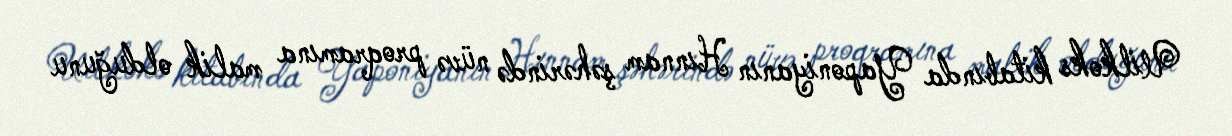
Uilkoks kitabında Yaponiyanın Hınnam şəhərində nüvə proqramına malik olduğunu